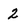
Character: 2